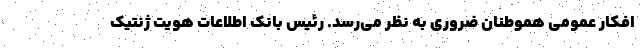
افکار عمومی هموطنان ضروری به نظر می‌رسد. رئیس بانک اطلاعات هویت ژنتیک